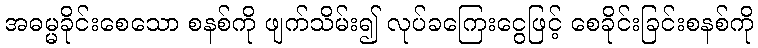
အဓမ္မခိုင်းစေသော စနစ်ကို ဖျက်သိမ်း၍ လုပ်ခကြေးငွေဖြင့် စေခိုင်းခြင်းစနစ်ကို